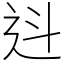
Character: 䢏